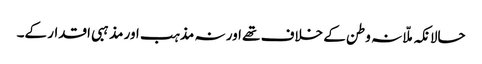
حالانکہ ملّا نہ وطن کے خلاف تھے اور نہ مذہب اور مذہبی اقدار کے۔